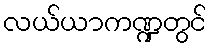
လယ်ယာကဏ္ဍတွင်